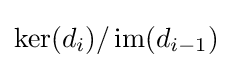
\operatorname {ker} (d_{i})/\operatorname {im} (d_{i-1})